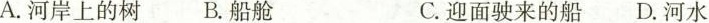
A.河岸上的树 B.船舱 C.迎面驶来的船 D.河水